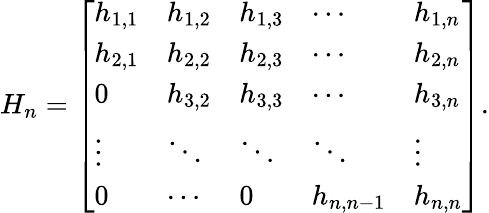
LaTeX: H_{n}={\left[\begin{array}{lllll}{h_{1,1}}&{h_{1,2}}&{h_{1,3}}&{\cdots}&{h_{1,n}}\\ {h_{2,1}}&{h_{2,2}}&{h_{2,3}}&{\cdots}&{h_{2,n}}\\ {0}&{h_{3,2}}&{h_{3,3}}&{\cdots}&{h_{3,n}}\\ {\vdots}&{\ddots}&{\ddots}&{\ddots}&{\vdots}\\ {0}&{\cdots}&{0}&{h_{n,n-1}}&{h_{n,n}}\end{array}\right]}.